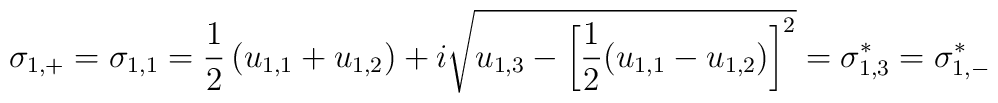
\sigma_{1,+} = \sigma_{1,1} = \frac{1}{2} \left( u_{1,1} + u_{1,2}\right)+ i \sqrt{u_{1,3} - \left[ \frac{1}{2} (u_{1,1} - u_{1,2}) \right]^{2}}= \sigma^{*}_{1,3} = \sigma^{*}_{1,-}